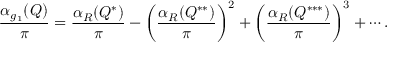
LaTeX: { \frac { \alpha _ { g _ { 1 } } ( Q ) } { \pi } } = { \frac { \alpha _ { R } ( Q ^ { * } ) } { \pi } } - \left( { \frac { \alpha _ { R } ( Q ^ { * * } ) } { \pi } } \right) ^ { 2 } + \left( { \frac { \alpha _ { R } ( Q ^ { * * * } ) } { \pi } } \right) ^ { 3 } + \cdots .